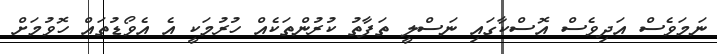
ނަމަވެސް އަދިވެސް އޮސްކާގައި ނަސްލީ ތަފާތު ކުރުންތަކެއް ހުރުމަކީ އެ އެވޯޑުތައް ހޮވުމަށް